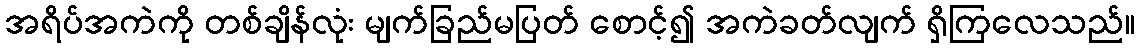
အရိပ်အကဲကို တစ်ချိန်လုံး မျက်ခြည်မပြတ် စောင့်၍ အကဲခတ်လျက် ရှိကြလေသည်။